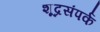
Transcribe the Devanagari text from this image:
शूद्रसंपर्क